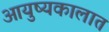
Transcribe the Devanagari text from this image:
आयुष्यकालात